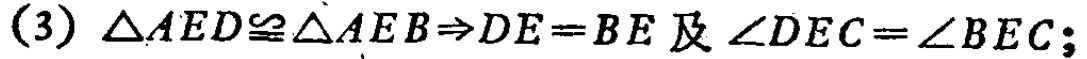
(3) $\triangle AED\cong\triangle AEB\Rightarrow DE = BE\text{ 及 }\angle DEC=\angle BEC$;